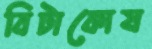
বিটাকোষ